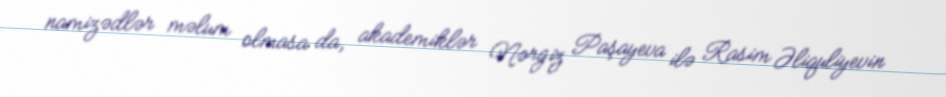
namizədlər məlum olmasa da, akademiklər Nərgiz Paşayeva ilə Rasim Əliquliyevin